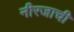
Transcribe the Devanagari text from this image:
नीरजाची